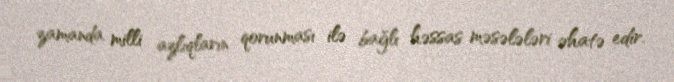
zamanda milli azlıqların qorunması ilə bağlı həssas məsələləri əhatə edir.